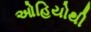
ઓહિયોથી